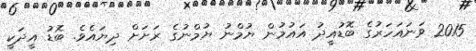
2015 ވަނައަހަރުގެ ބޮޑުއީދު އައުމުން ޔުމްނު ޔުމްނުގެ ރަށަށް ދިޔައެވެ. ބޮޑު އީދަކީ